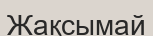
Жақсымай